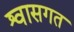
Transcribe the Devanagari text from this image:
श्वासगत